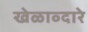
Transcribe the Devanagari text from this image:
खेळाव्दारे